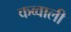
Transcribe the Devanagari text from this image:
कव्‍वाली